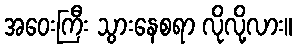
အဝေးကြီး သွားနေစရာ လိုလို့လား။